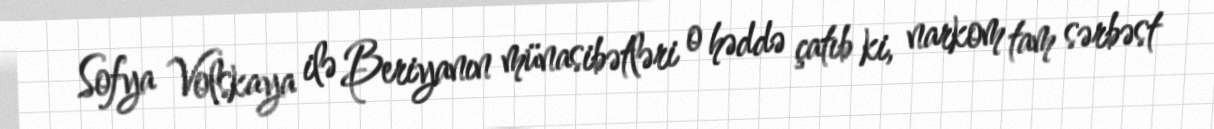
Sofya Volskaya ilə Beriyanın münasibətləri o həddə çatıb ki, narkom tam sərbəst